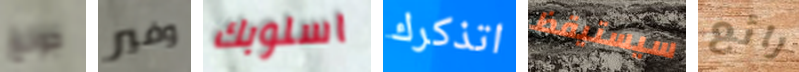
جونغ وفير اسلوبك اتذكرك سيستيقظ رائع